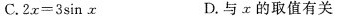
C.$$2 x = 3 \sin x$$ D.与x的取值有关